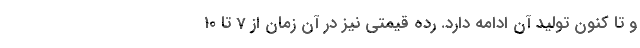
و تا کنون تولید آن ادامه دارد. رده قیمتی نیز در آن زمان از 7 تا 10